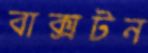
বাক্সটন